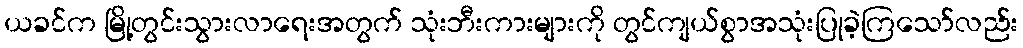
ယခင်က မြို့တွင်းသွားလာရေးအတွက် သုံးဘီးကားများကို တွင်ကျယ်စွာအသုံးပြုခဲ့ကြသော်လည်း